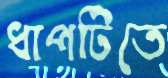
ধাপটিতে